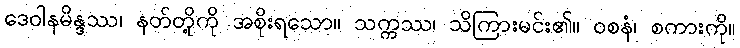
ဒေဝါနမိန္ဒဿ၊ နတ်တို့ကို အစိုးရသော။ သက္ကဿ၊ သိကြားမင်း၏။ ဝစနံ၊ စကားကို။